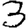
Digit: 3